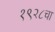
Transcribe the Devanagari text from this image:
१९२८चा